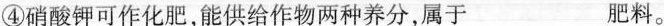
④硝酸钾可作化肥，能供给作物两种养分，属于___肥料。